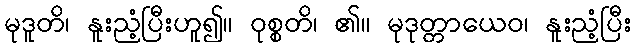
မုဒူတိ၊ နူးညံ့ပြီးဟူ၍။ ဝုစ္စတိ၊ ၏။ မုဒုတ္တာယေဝ၊ နူးညံ့ပြီး